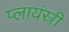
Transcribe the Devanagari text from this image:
प्लायंस्री